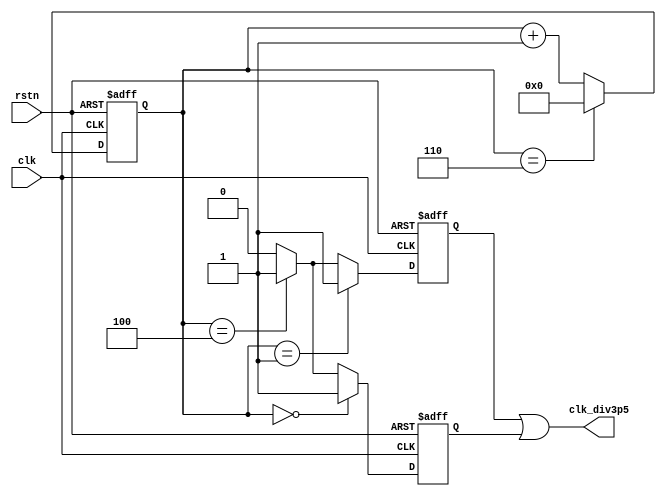
module half_divisor(
    input               rstn ,
    input               clk,
    output              clk_div3p5
    );

   //
   parameter            MUL2_DIV_CLK = 7 ;
   reg [3:0]            cnt ;
   always @(posedge clk or negedge rstn) begin
      if (!rstn) begin
         cnt    <= 'b0 ;
      end
      else if (cnt == MUL2_DIV_CLK-1) begin //2
         cnt    <= 'b0 ;
      end
      else begin
         cnt    <= cnt + 1'b1 ;
      end
   end

   reg                  clk_ave_r ;
   always @(posedge clk or negedge rstn) begin
      if (!rstn) begin
         clk_ave_r <= 1'b0 ;
      end
      //first cycle: 4 source clk cycle
      else if (cnt == 0) begin
         clk_ave_r <= 1 ;
      end
      //2nd cycle: 3 source clk cycle
      else if (cnt == (MUL2_DIV_CLK/2)+1) begin
         clk_ave_r <= 1 ;
      end
      else begin
         clk_ave_r <= 0 ;
      end
   end

   //adjust
   reg                  clk_adjust_r ;
   always @(negedge clk or negedge rstn) begin
      if (!rstn) begin
         clk_adjust_r <= 1'b0 ;
      end
      //
      else if (cnt == 1) begin
         clk_adjust_r <= 1 ;
      end
      //
      else if (cnt == (MUL2_DIV_CLK/2)+1 ) begin
         clk_adjust_r <= 1 ;
      end
      else begin
         clk_adjust_r <= 0 ;
      end
   end

   assign clk_div3p5 = clk_adjust_r | clk_ave_r ;

endmodule